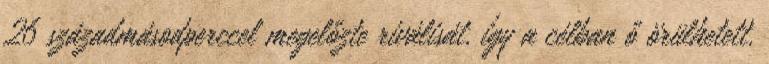
26 századmásodperccel megelőzte riválisát, így a célban ő örülhetett.